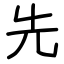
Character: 先